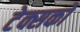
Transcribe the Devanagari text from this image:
टेक्सको